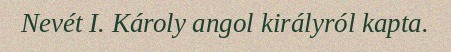
Nevét I. Károly angol királyról kapta.